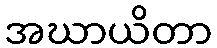
အဃာယိတာ